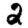
Digit: 2